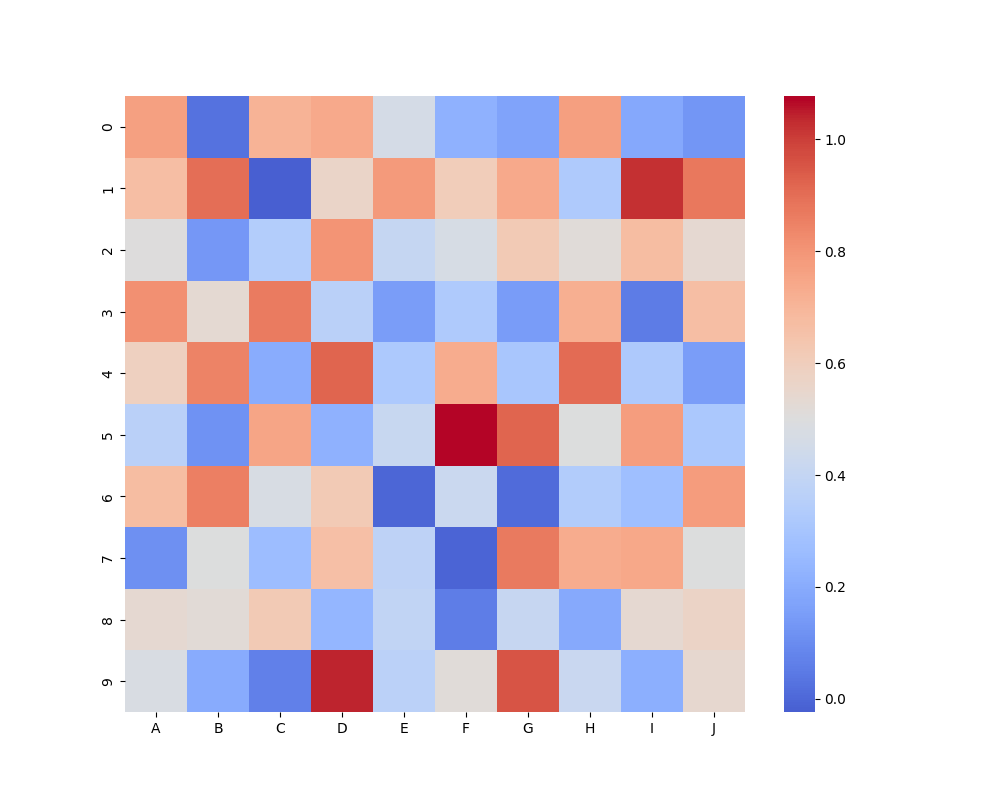
python, seaborn, heatmap, cmap='coolwarm', linewidths=0.0, center=0.5